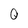
Character: 0